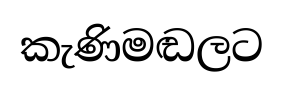
කැණිමඬලට